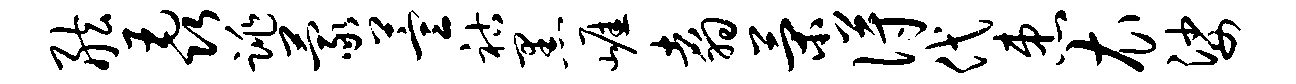
舷毳跳蒙萱祜黑崖翥策得代患衣娑